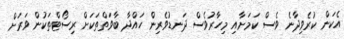
އެކަން ކުރެވިދާނެ ވެސް ކަަމަށާއި މިހާރުވެސް ދަނޑުވެރިން ހައްދާ ބާވަތްތަަކަށް ރިސޯޓްތަކުން ވަރަށް